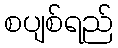
စပျစ်ရည်